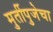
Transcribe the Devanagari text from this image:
मुर्तीपुजेचा